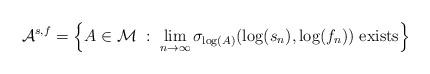
LaTeX: \begin{align*}\mathcal{A}^{s,f} = \left\{ A \in \mathcal{M} \;:\; \lim_{n \rightarrow \infty} \sigma_{\log(A)}(\log(s_n),\log(f_n)) \;\mathrm{exists} \right\}\end{align*}